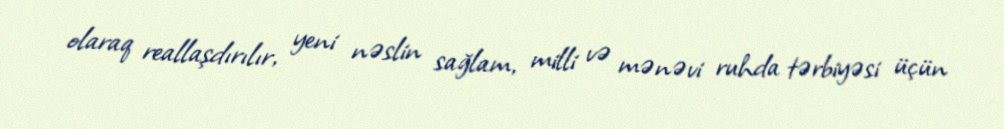
olaraq reallaşdırılır, yeni nəslin sağlam, milli və mənəvi ruhda tərbiyəsi üçün